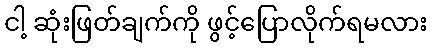
ငါ့ ဆုံးဖြတ်ချက်ကို ဖွင့်ပြောလိုက်ရမလား